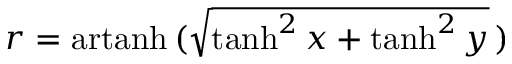
r = \operatorname { a r t a n h } \, ( { \sqrt { \operatorname { t a n h } ^ { 2 } x + \operatorname { t a n h } ^ { 2 } y } } \, )